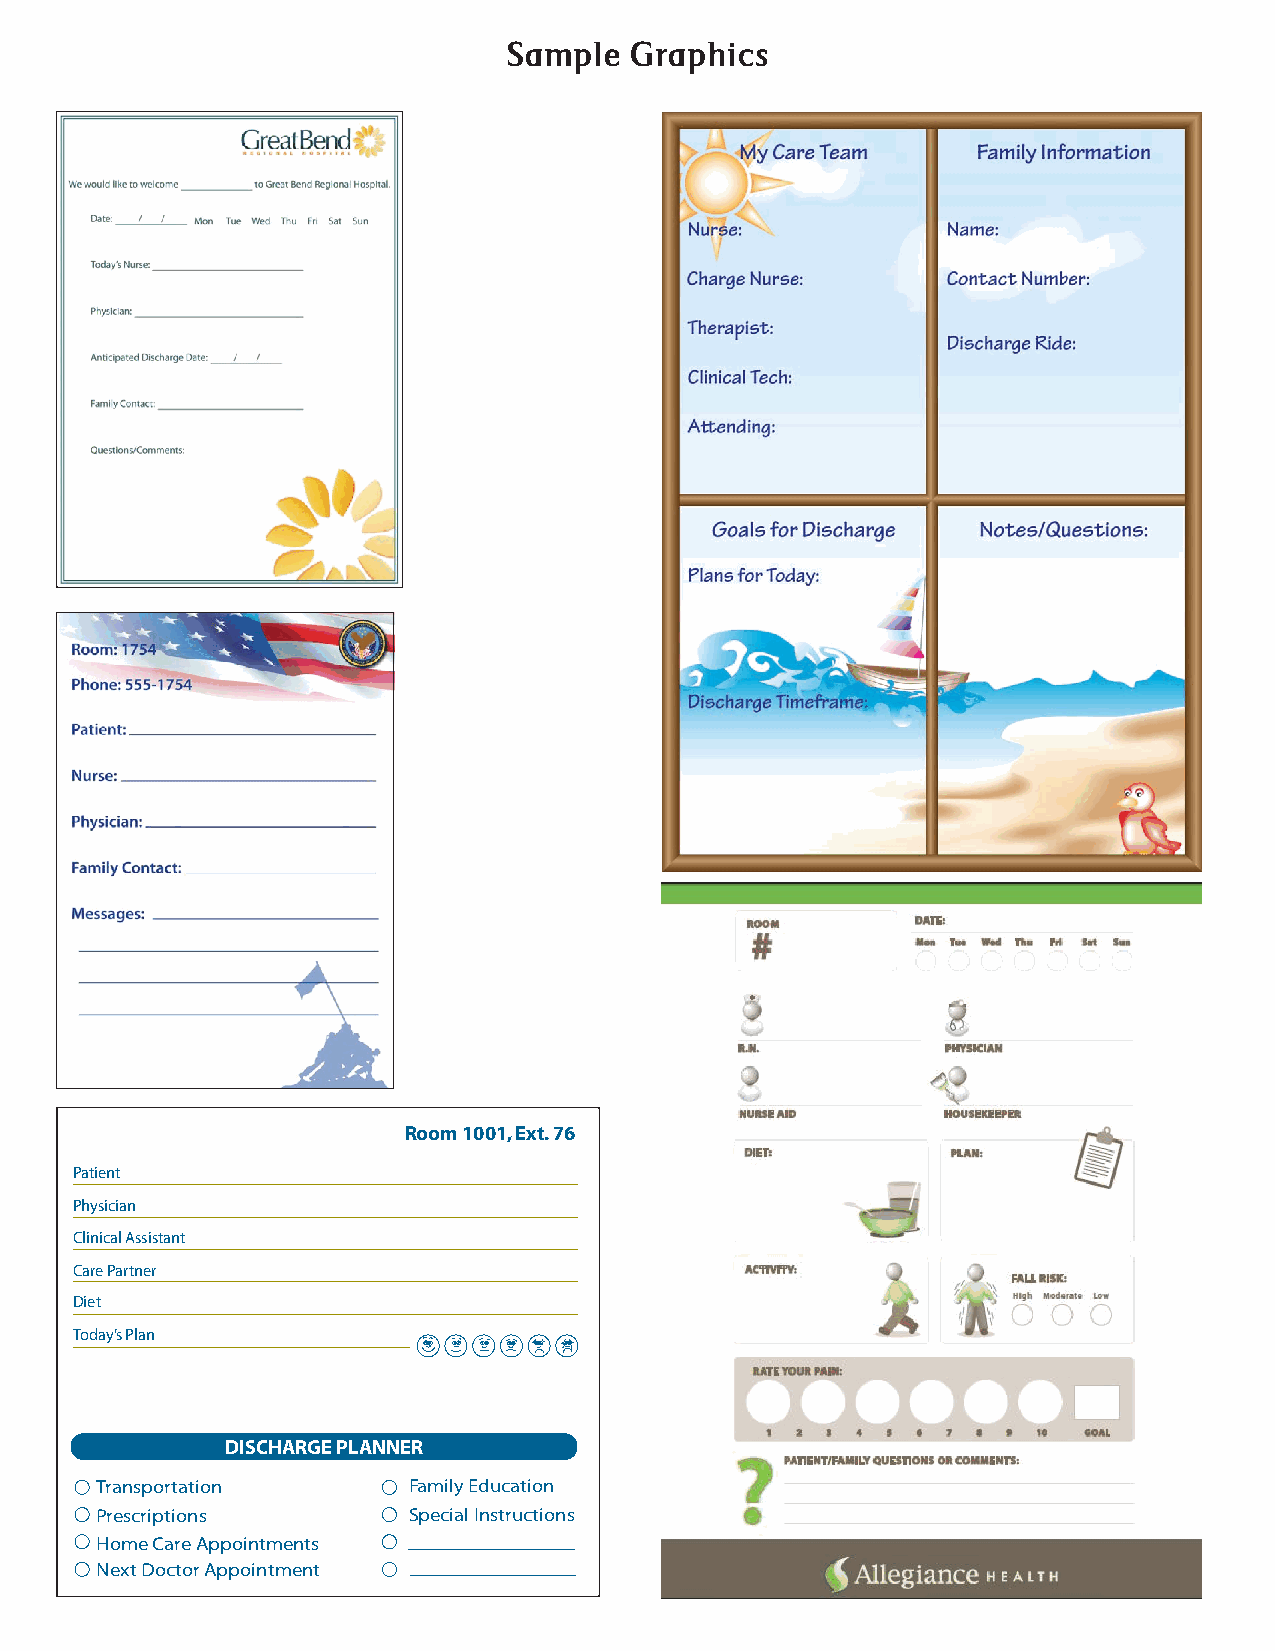
Sample  Graphics
 Room 1001, Ext. 76
 Patient
 Physician
 Clinical Assistant
 Care Partner
 Diet
 Today’s Plan
 DISCHARGE PLANNER
 Transportation       Family Education
 Prescriptions        Special Instructions
 Home Care Appointments
 Next Doctor Appointment